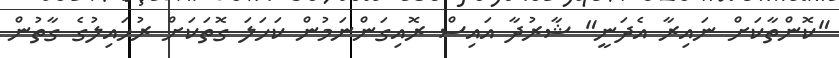
"ކޮންތާކަށް ނައިރާ އެދަނީ" ޝާރުދާ އައިސް ރޮއިގަންނަމުން ކަހަލަ ގޮތަކަށް ރުހައިލުގެ ގާތުން